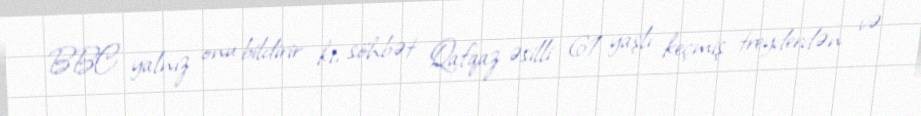
BBC yalnız onu bildirir ki, söhbət Qafqaz əsilli 61 yaşlı keçmiş treyderdən və